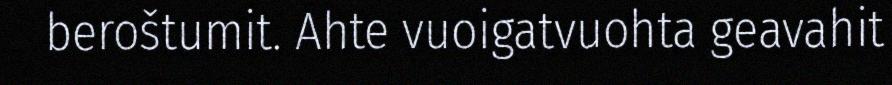
beroštumit. Ahte vuoigatvuohta geavahit